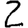
Digit: 2